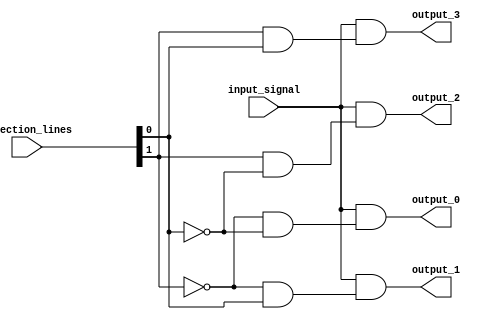
module demux_1to4 (
    input wire input_signal,
    input wire [1:0] selection_lines,
    output wire output_0,
    output wire output_1,
    output wire output_2,
    output wire output_3
);

assign output_0 = input_signal & (~selection_lines[1] & ~selection_lines[0]);
assign output_1 = input_signal & (~selection_lines[1] & selection_lines[0]);
assign output_2 = input_signal & (selection_lines[1] & ~selection_lines[0]);
assign output_3 = input_signal & (selection_lines[1] & selection_lines[0]);

endmodule